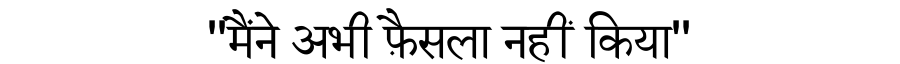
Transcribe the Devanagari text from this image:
''मैंने अभी फ़ैसला नहीं किया''